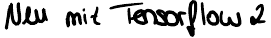
Neu mit Tensorflow 2